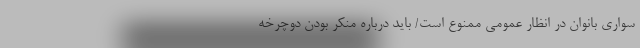
سواری بانوان در انظار عمومی ممنوع است/ باید درباره منکر بودن دوچرخه